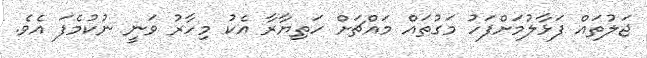
ޖަލުތައް ފަޅާލުމަށްފަހު މަގުތައް މައްޗަށް ހަތިޔާރާ އެކު މިހާރު ވަނީ ނުކުމެފަ އެވެ.